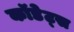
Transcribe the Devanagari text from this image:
कॉडेट्स